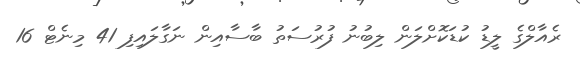
ރެއާލްގެ ލީޑު ކުޑަކޮށްލަން ލިބުނު ފުރުސަތު ބާސާއިން ނަގާލައިފި 41 މިނެޓް 16